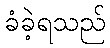
ခံခဲ့ရသည်